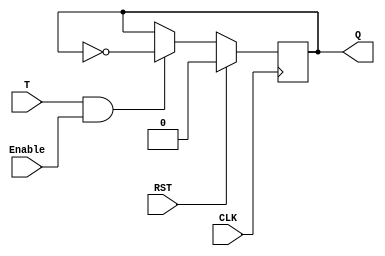
module TFlipFlop(input T,
                 input CLK,
                 input RST,
		 input Enable,
                 output reg Q);
    
    	always @(posedge CLK)
    	begin
        	if (RST)
            		Q <= 1'b0;
    		else if (T && Enable) 
          		Q <= ~Q;
      		else
          		Q <= Q;
  		
    	end
endmodule